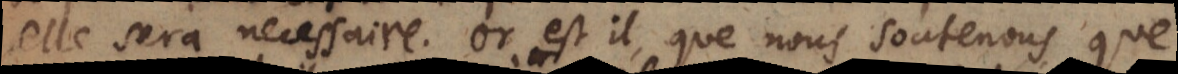
elle sera necessaire. Or est il, que nous soutenons que